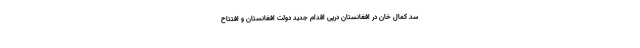
سد کمال‌ خان در افغانستان درپی اقدام جدید دولت افغانستان و افتتاح